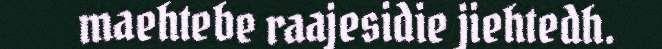
maehtebe raajesidie jiehtedh.